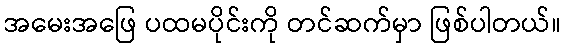
အမေးအဖြေ ပထမပိုင်းကို တင်ဆက်မှာ ဖြစ်ပါတယ်။